65_HS1-834228961_62-HQ-83894_SUB_A
Agency: FBI
Page 8
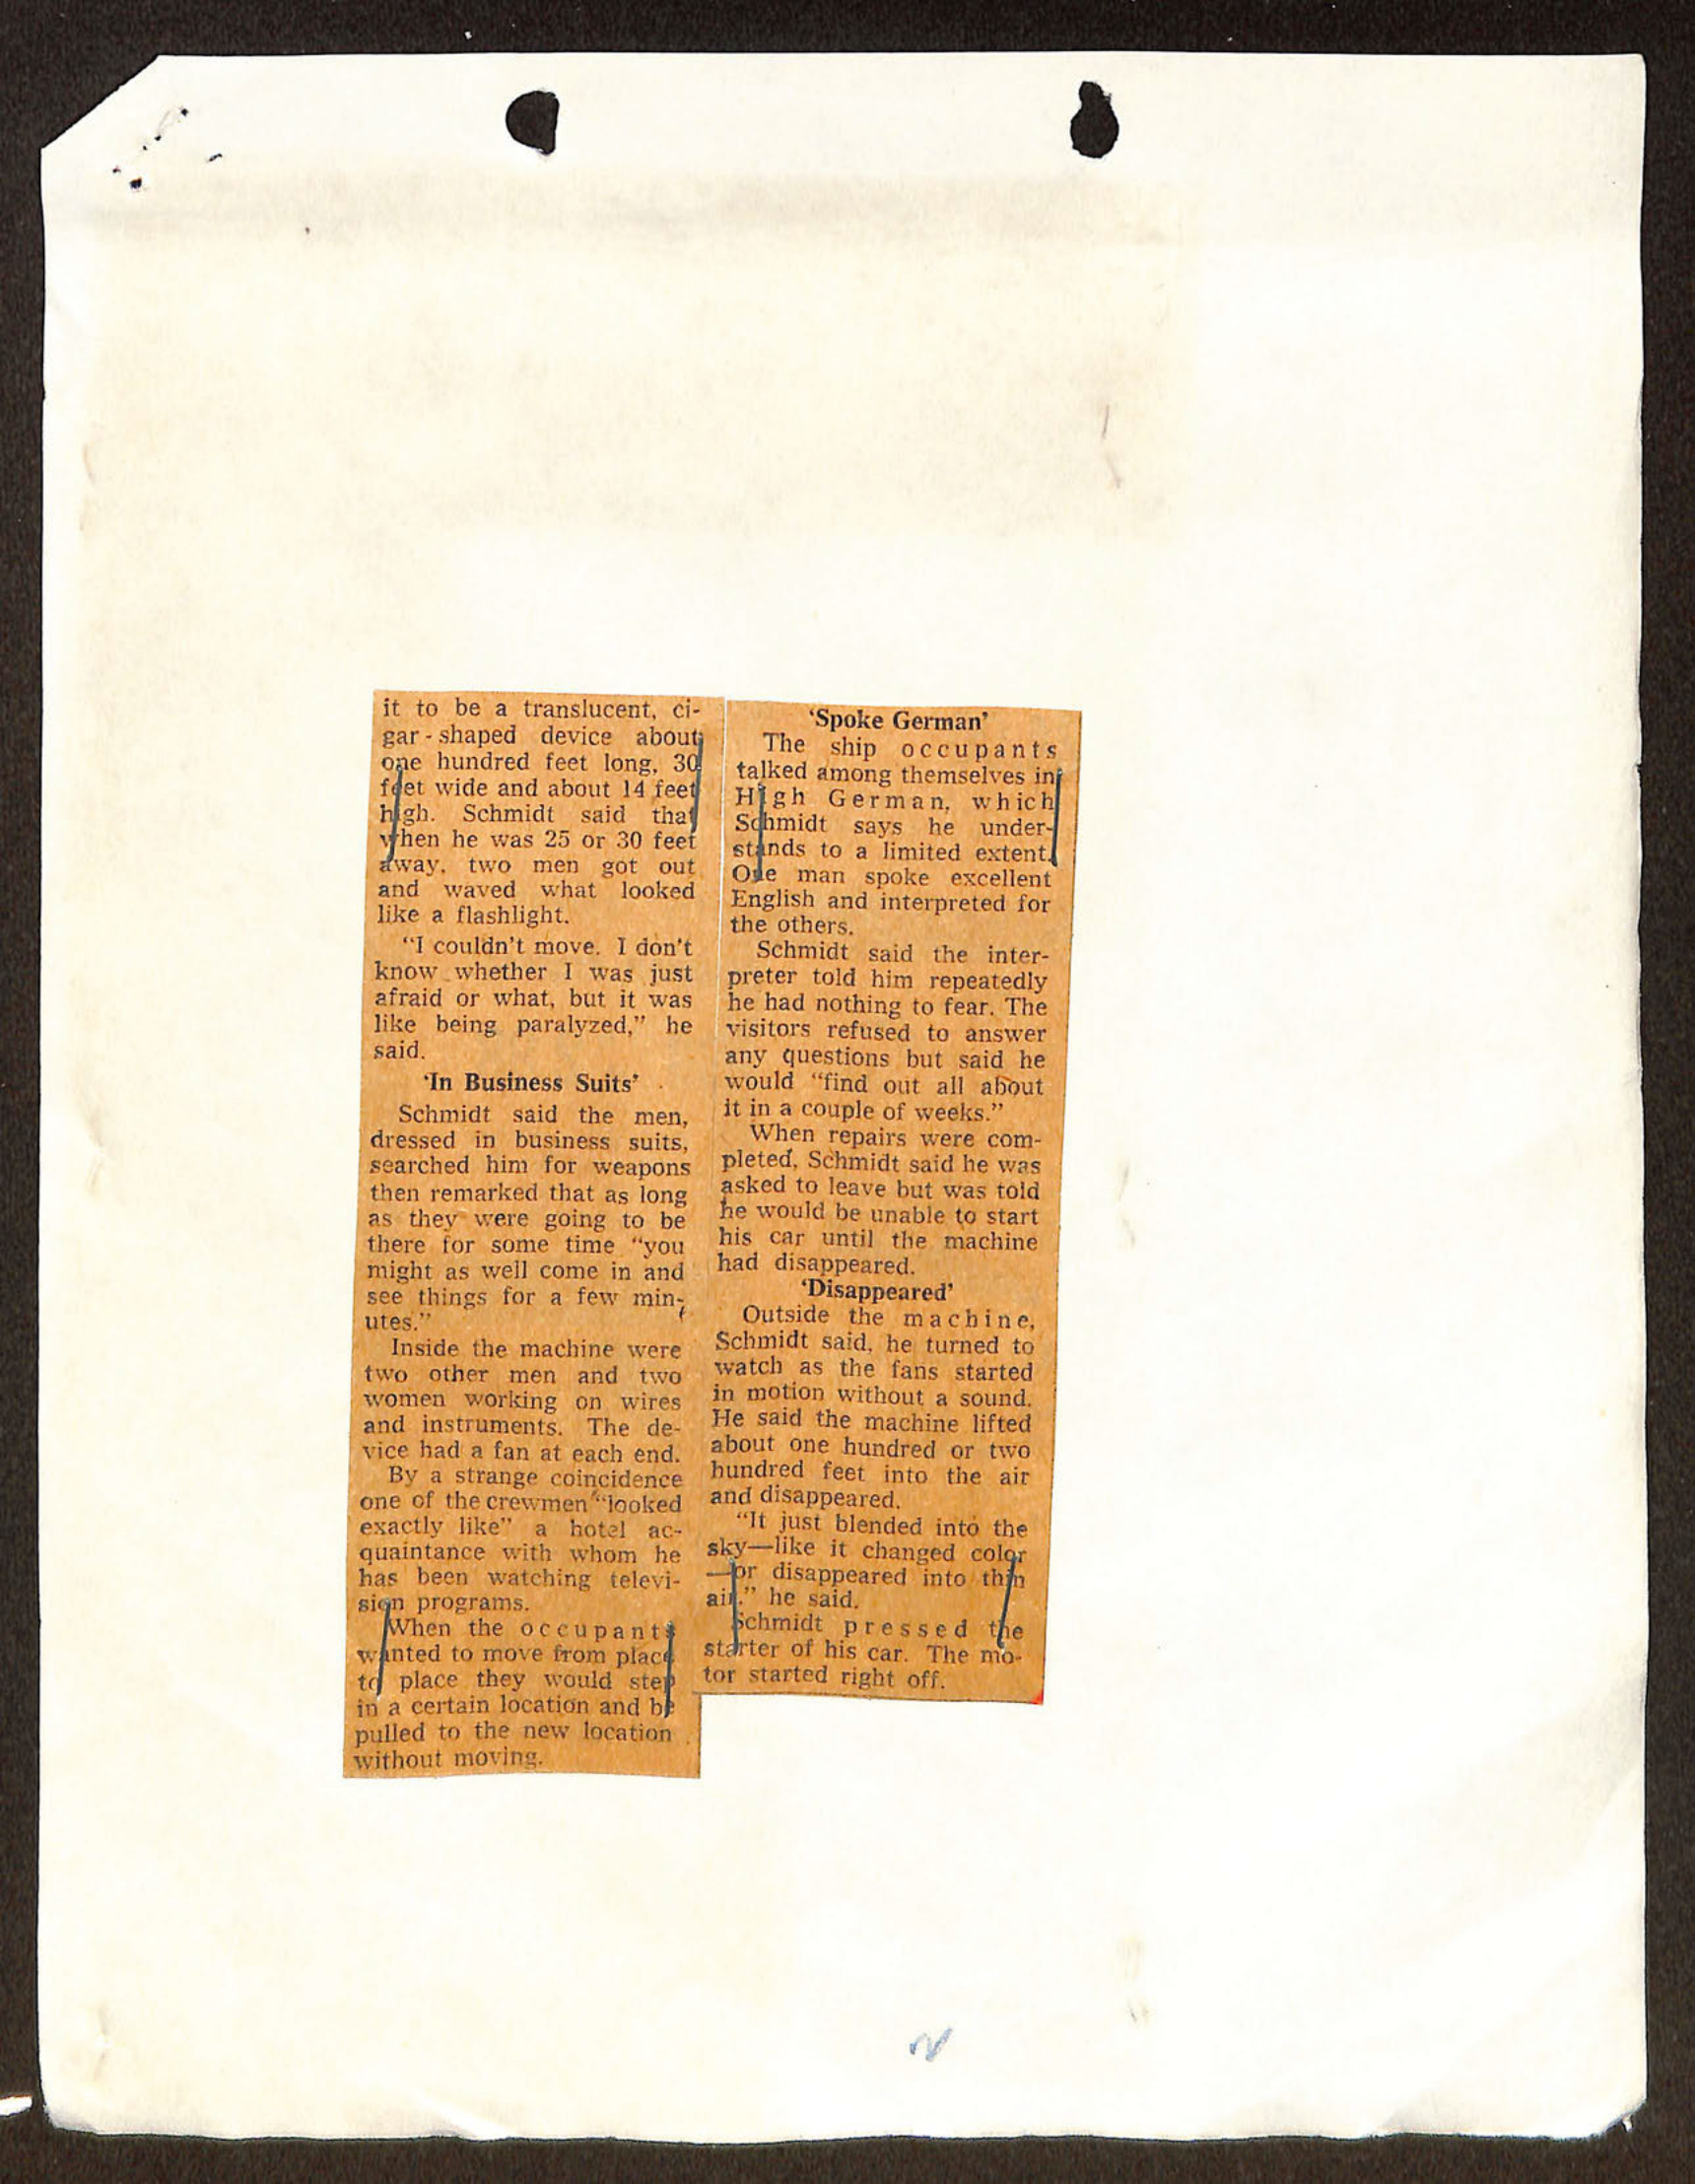